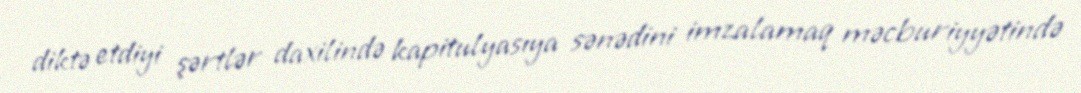
diktə etdiyi şərtlər daxilində kapitulyasıya sənədini imzalamaq məcburiyyətində